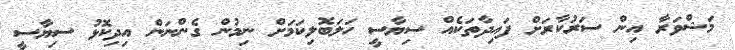
މަޝްވަރާ އިން ސަރުކާރަށް ފައިދާތަކެއް ސިޔާސީ ހަލަބޮލިކަމަށް ނިމުން ގެންނަން އިދިކޮޅު ސިޔާސީ